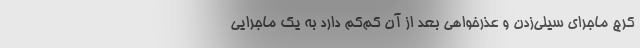
کرج ماجرای سیلی‌زدن و عذرخواهی بعد از آن کم‌کم دارد به یک ماجرایی